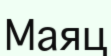
Маяц